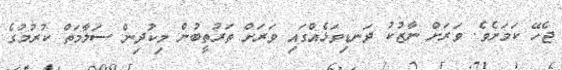
ޖެހޭ ކަމަށެވެ. ވަރަށް ނާޒުކު ދަނޑިވަޅެއްގައި ވަރަށް ތަރުތީބުން މިކުދިން ސަލާމަތް ކުރުމުގެ